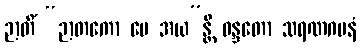
ဉာတိံ “ဉာတကော မေ အယ”န္တိ ဝန္ဒတော သရဏဂမနံ